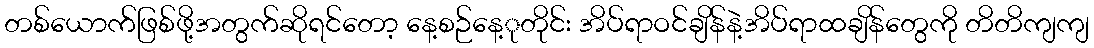
တစ်ယောက်ဖြစ်ဖို့အတွက်ဆိုရင်တော့ နေ့စဉ်နေ့ုတိုင်း အိပ်ရာဝင်ချိန်နဲ့အိပ်ရာထချိန်တွေကို တိတိကျကျ